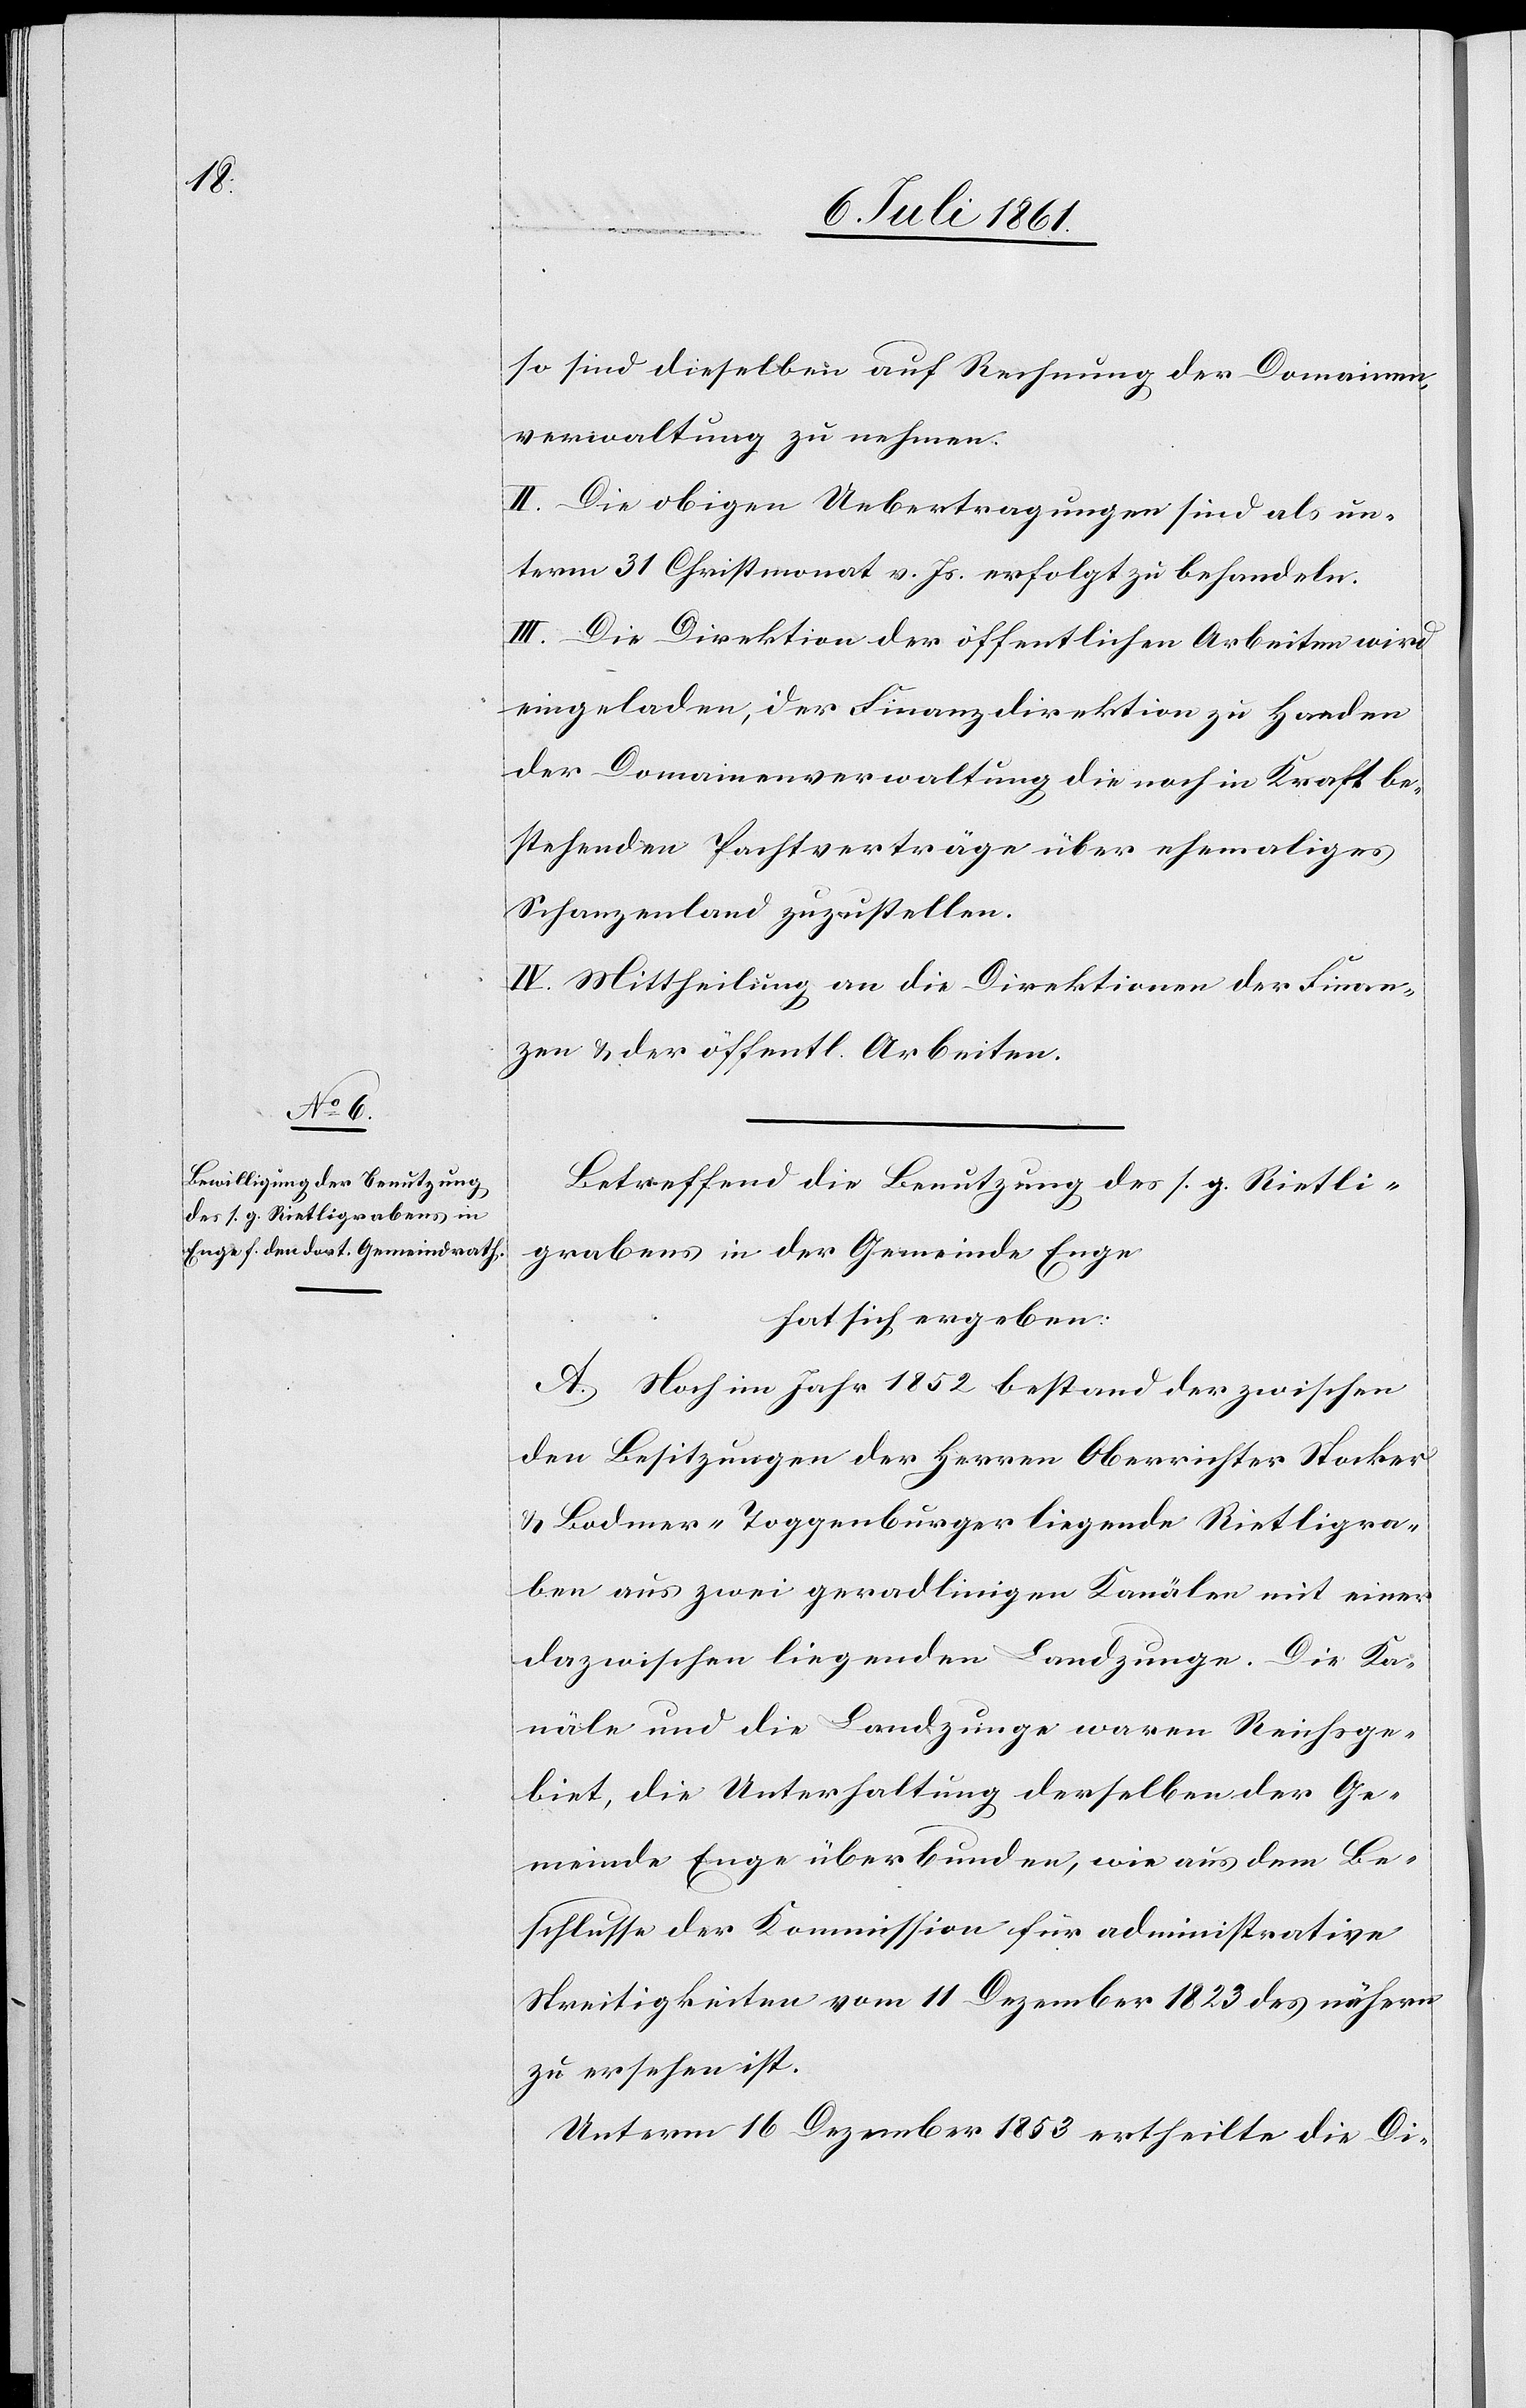
so sind dieselben auf Rechnung der Domainen¬
verwaltung zu nehmen.
II. Die obigen Uebertragungen sind als un¬
term 31 Christmonat v. Js. erfolgt zu behandeln.
III. Die Direktion der öffentlichen Arbeiten wird
eingeladen, der Finanzdirektion zu Handen
der Domainenverwaltung die noch in Kraft be¬
stehenden Pachtverträge über ehemaliges
Schanzenland zuzustellen.
IV. Mittheilung an die Direktionen der Finan¬
zen u. der öffentl. Arbeiten
Betreffend die Benutzung des s. g. Rietli¬
grabens in der Gemeinde Enge
hat sich ergeben:
A. Noch im Jahre 1852 bestand der zwischen
den Besitzungen der Herren Oberrichter Stocker
u. Bodmer-Toggenburger liegende Rietligra¬
ben aus zwei geradlinigen Kanälen mit einer
dazwischen liegenden Landzunge. Die Ka¬
näle und die Landzunge waren Reichsge¬
biet, die Unterhaltung derselben der Ge¬
meinde Enge überbunden, wie aus dem Be¬
schlusse der Kommission für administrative
Streitigkeiten vom 11 Dezember 1823 des nähern
zu ersehen ist.
Unterm 16 Dezember 1853 ertheilte die Di-